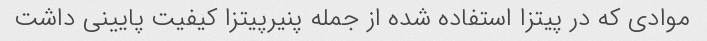
موادی که در پیتزا استفاده شده از جمله پنیرپیتزا کیفیت پایینی داشت